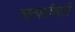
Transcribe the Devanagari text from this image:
तात्पर्यांसाठी